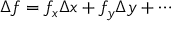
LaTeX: \Delta f = f _ { x } \Delta x + f _ { y } \Delta y + \cdots